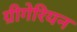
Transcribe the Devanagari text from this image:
ग्रीगेरियन